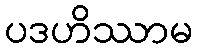
ပဒဟိဿာမ